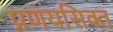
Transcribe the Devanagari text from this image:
प्रणयसिक्त